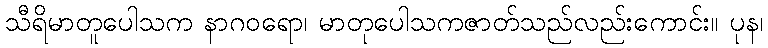
သီရိမာတူပေါသက နာဂဝရော၊ မာတုပေါသကဇာတ်သည်လည်းကောင်း။ ပုန၊